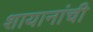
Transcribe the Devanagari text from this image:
शायानांची